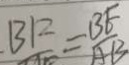
B F = \frac { B E } { A B }